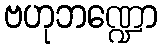
ဗဟုဘဏ္ဍော